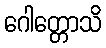
ဂေါတ္တောသိ